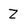
Character: Z